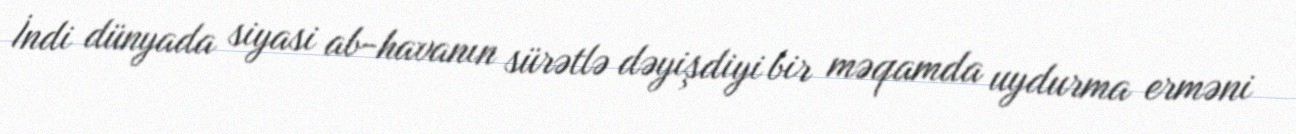
İndi dünyada siyasi ab-havanın sürətlə dəyişdiyi bir məqamda uydurma erməni